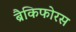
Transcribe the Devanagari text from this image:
ब्रैकिफोरस